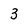
Character: 3